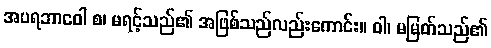
အပရဘာဝေါ စ၊ မရင့်သည်၏ အဖြစ်သည်လည်းကောင်း။ ဝါ၊ မမြတ်သည်၏